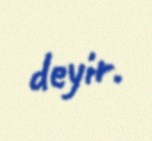
deyir.